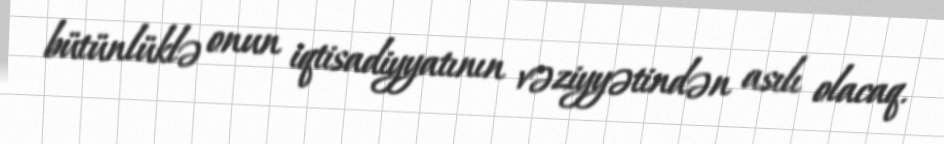
bütünlüklə onun iqtisadiyyatının vəziyyətindən asılı olacaq.